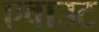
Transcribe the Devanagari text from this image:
एवाउट